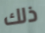
ذلك